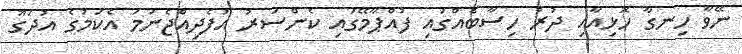
ނޭވާ ހިނގާ ހޮޅިއާއި ދުރު ހިސާބެއްގައި ފުއްޕާމޭގައި ކެންސަރު އުފެދިއްޖެނަމަ އެކަމުގެ އުދަގޫ